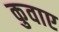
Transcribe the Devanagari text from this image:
कुवाए